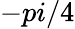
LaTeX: -pi/4